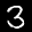
Label: 3